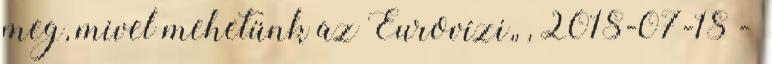
meg, mivel mehetünk az Eurovízi,, , 2018-07-18 -